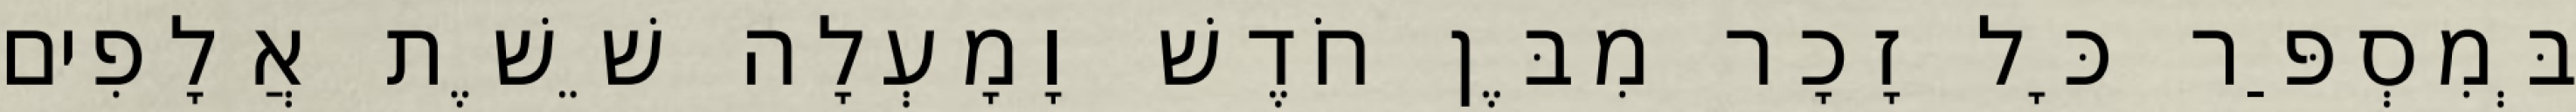
בְּמִסְפַּר כָּל זָכָר מִבֶּן חֹדֶשׁ וָמָעְלָה שֵׁשֶׁת אֲלָפִים